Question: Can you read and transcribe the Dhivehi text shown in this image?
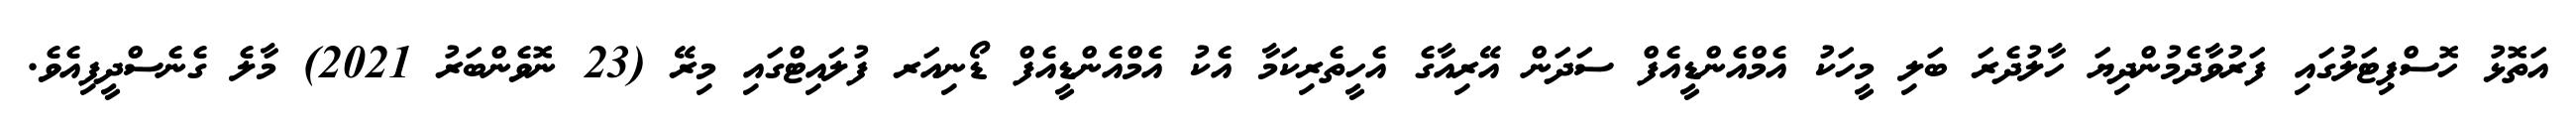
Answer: އަތޮޅު ހޮސްޕިޓަލުގައި ފަރުވާދެމުންދިޔަ ހާލުދެރަ ބަލި މީހަކު އެމްއެންޑީއެފް ސަދަން އޭރިއާގެ އެހީތެރިކަމާ އެކު އެމްއެންޑީއެފް ޑޯނިއަރ ފުލައިޓްގައި މިރޭ (23 ނޮވެންބަރު 2021) މާލެ ގެނެސްދީފިއެވެ.